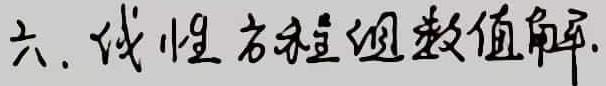
六. 线性方程组数值解